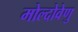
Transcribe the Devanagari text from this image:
मोल्दोवेणु